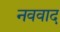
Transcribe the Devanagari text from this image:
नववाद